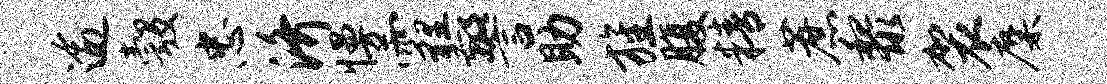
逾彀忠济慢霾警助旌腹精蔗黎袈麋